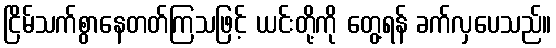
ငြိမ်သက်စွာနေတတ်ကြသဖြင့် ယင်းတို့ကို တွေ့ရန် ခက်လှပေသည်။